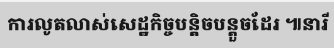
ការលូតលាស់សេដ្ឋកិច្ចបន្តិចបន្តួចដែរ ៕នារី